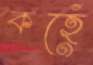
কহেঁ